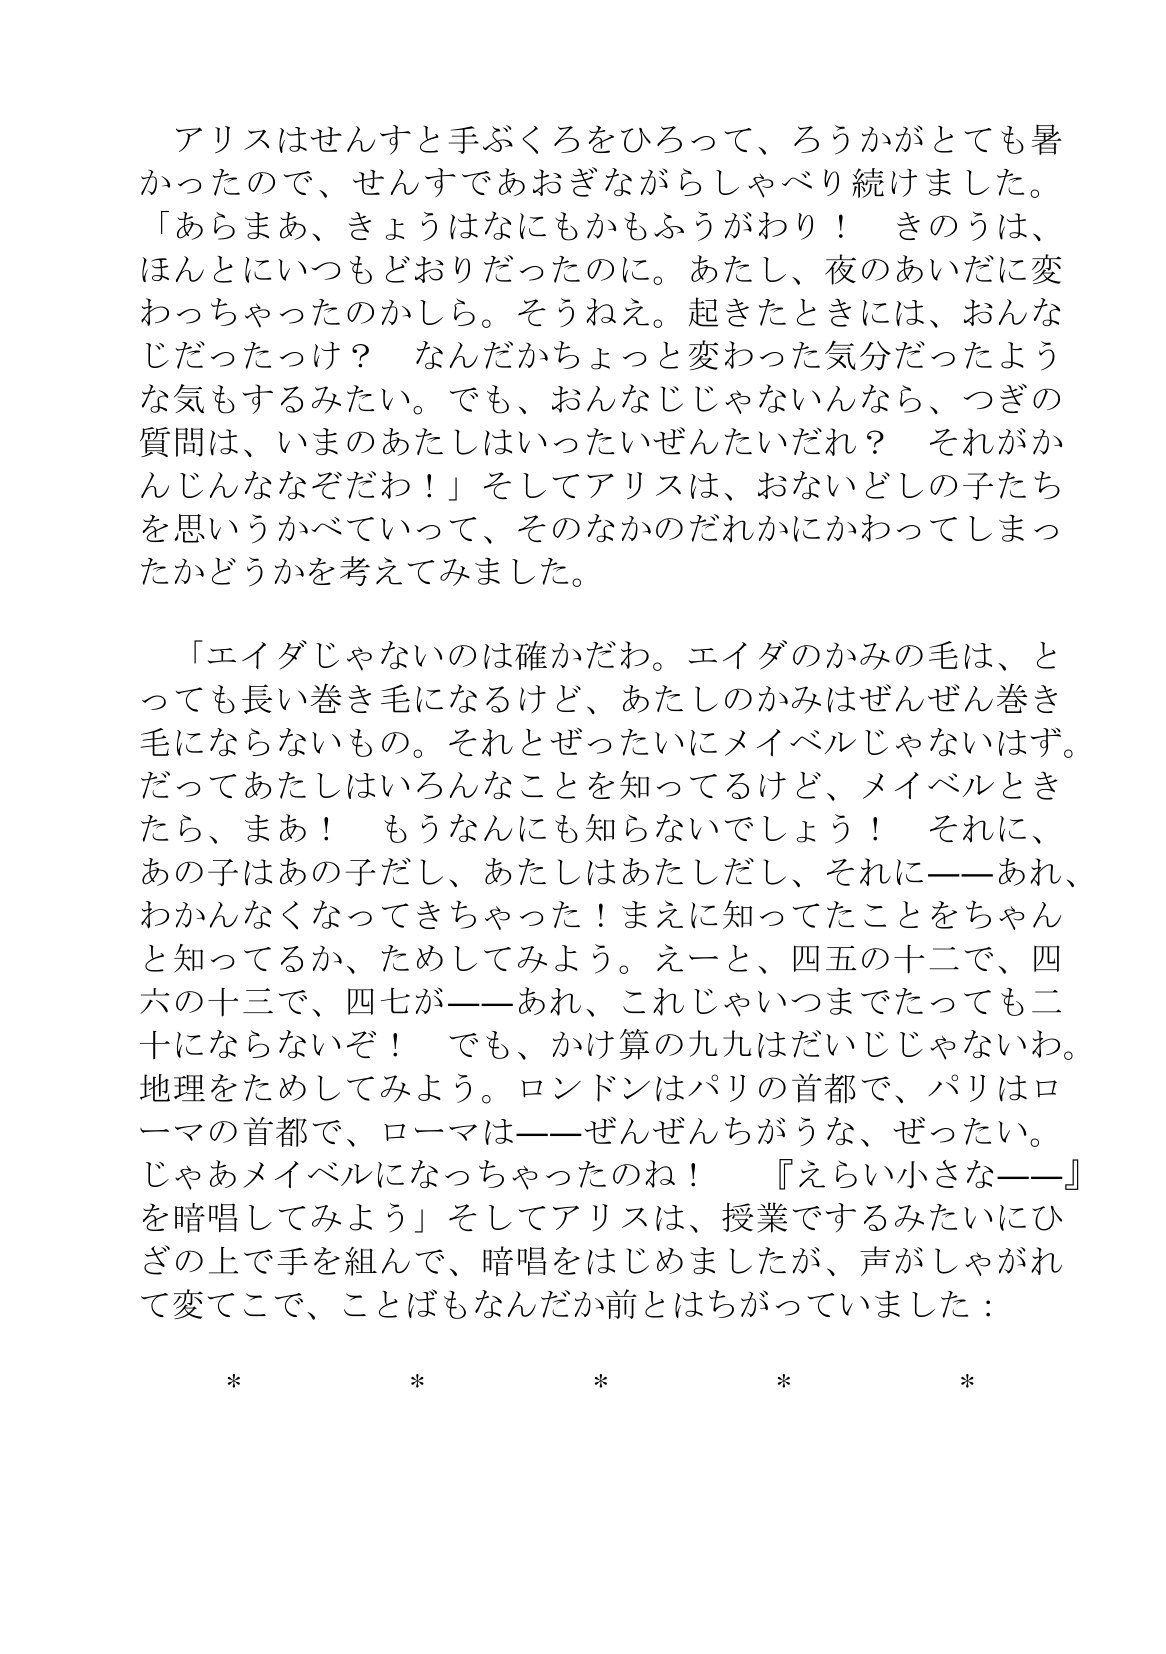
Language: ja